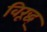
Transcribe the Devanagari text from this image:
विरूद्ध्